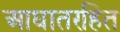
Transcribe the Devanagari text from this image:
आघातरहित